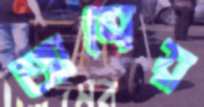
আত্রেয়